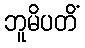
ဘူမိပတိံ